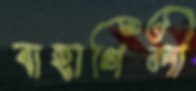
বাহাগিলী